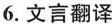
6.文言翻译